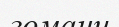
гомани